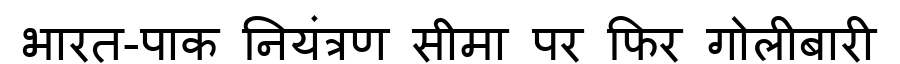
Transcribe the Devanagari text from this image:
भारत-पाक नियंत्रण सीमा पर फिर गोलीबारी